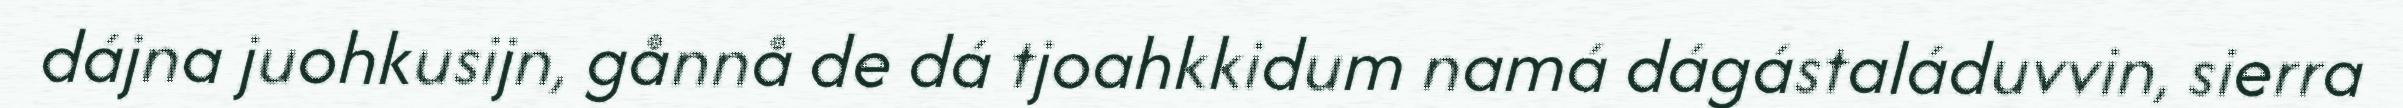
dájna juohkusijn, gånnå de dá tjoahkkidum namá dágástaláduvvin, sierra